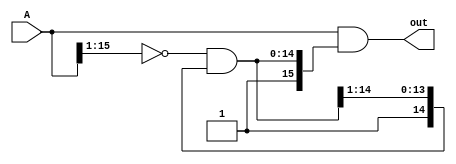
module leftarbiter(out, A);
	// The parameter here will be the number of bits the arbiter will take in. This can be adjusted to whatever number of bit inputs you like
	parameter n = 16;
	
	input [n-1:0] A;
	output [n-1:0] out;
	
	// The cas interface here will be used to do the arbiter logic. This should return a one hot number of the most significant 1 bit
	wire [n-1:0] cas = {1'b1, (~A[n-1:1] & cas[n-1:1])};
	assign out = A & cas;
endmodule